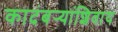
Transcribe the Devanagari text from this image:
कादंबर्‍यांशिवाय